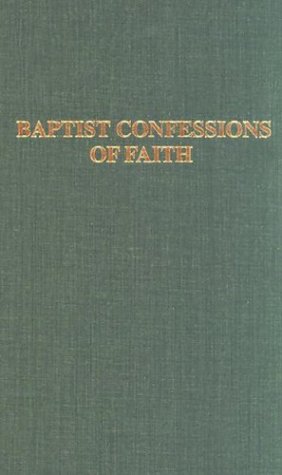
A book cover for Baptist Confessions of Faith; William Lumpkin; Christian Books & Bibles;